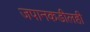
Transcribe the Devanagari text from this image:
जपानकडीलही